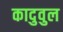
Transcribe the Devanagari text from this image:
कादुवुल